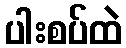
ပါးစပ်ထဲ